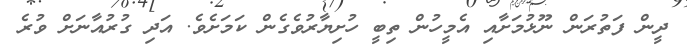
ދީން ފަތުރަން ނޫޅުމަށާއި އެމީހުން ތިބީ ހުށިޔާރުވެގެން ކަމަށެވެ. އަދި ގުރުއާނަށް ވުރެ